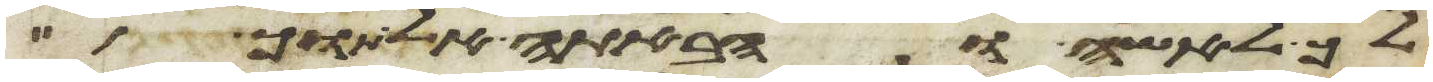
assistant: לך לאשה והבאתה אל תוך